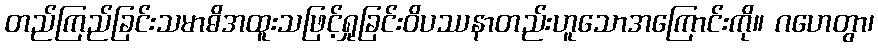
တည်ကြည်ခြင်းသမာဓိအထူးသဖြင့်ရှုခြင်းဝိပဿနာတည်းဟူသောအကြောင်းကို။ ဂဟေတွာ၊